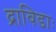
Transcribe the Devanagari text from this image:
द्राविडाः